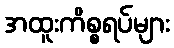
အထူးကိစ္စရပ်များ